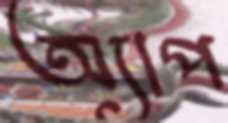
অ্যাপ